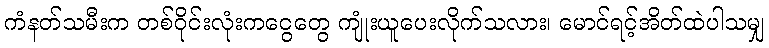
ကံနတ်သမီးက တစ်ဝိုင်းလုံးကငွေတွေ ကျုံးယူပေးလိုက်သလား၊ မောင်ရင့်အိတ်ထဲပါသမျှ